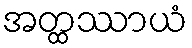
အတ္ထဿာယံ